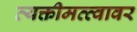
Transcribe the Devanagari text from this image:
व्यक्तीमत्त्वावर